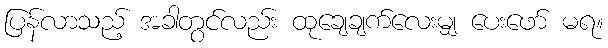
ပြန်လာသည့် အခါတွင်လည်း ထုချေချက်လေးမျှ ပေးဖော် မရ။